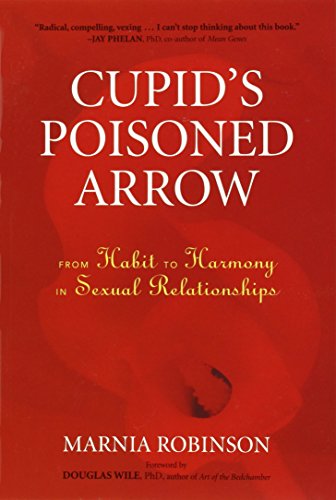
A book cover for Cupid's Poisoned Arrow: From Habit to Harmony in Sexual Relationships; Marnia Robinson; Health, Fitness & Dieting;